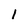
Character: 1